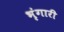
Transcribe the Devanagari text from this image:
भृंगारी